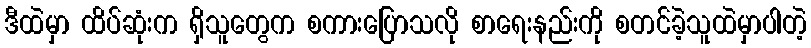
ဒီထဲမှာ ထိပ်ဆုံးက ရှိသူတွေက စကားပြောသလို စာရေးနည်းကို စတင်ခဲ့သူထဲမှာပါတဲ့